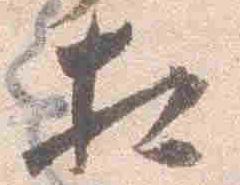
相